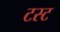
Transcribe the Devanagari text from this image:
टस्ट